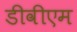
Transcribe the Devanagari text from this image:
डीवीएम